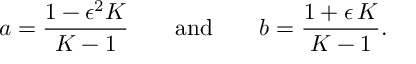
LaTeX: a = \frac { 1 - \epsilon ^ { 2 } { \cal K } } { { \cal K } - 1 } \qquad \mathrm { a n d } \qquad b = \frac { 1 + \epsilon \, { \cal K } } { { \cal K } - 1 } .